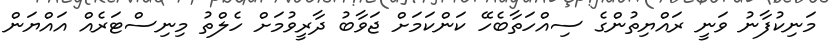
މަނިކުފާނު ވަނީ ރައްޔިތުންގެ ސިއްހަތާބެހޭ ކަންކަމަށް ޖަވާބު ދާރީވުމަށް ހެލްތު މިނިސްޓަރެއް އައްޔަން